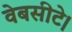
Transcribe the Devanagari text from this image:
वेबसीटे।